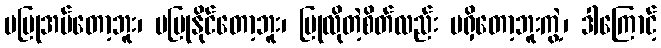
မပြုအပ်တော့ဘူး၊ မပြုနိုင်တော့ဘူး၊ ပြုလိုတဲ့စိတ်လည်း မရှိတော့ဘူးကွဲ့၊ ဒါကြောင့်